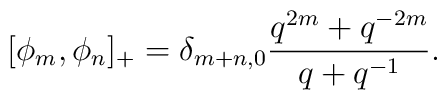
[\phi_m,\phi_n]_+=\delta_{m+n,0}{q^{2m}+q^{-2m}\over q+q^{-1}}.